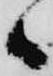
候